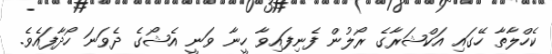
ކެހްލާތާ ހޭގައި އަކްޝަރާގެ ރޯލުން ފެނިފައިވާ ހީނާ ވަނީ އެޝޯގެ ދެވަނަ ހޯދާފައެވެ.